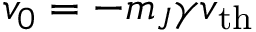
v _ { 0 } = - m _ { J } \gamma v _ { \mathrm { t h } }